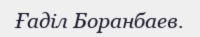
Ғаділ Боранбаев.